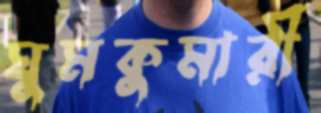
ঘুমকুমারী